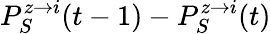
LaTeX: P_{S}^{z\rightarrow i}(t-1)-P_{S}^{z\rightarrow i}(t)